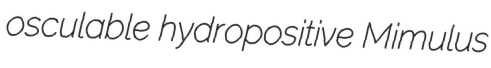
osculable hydropositive Mimulus